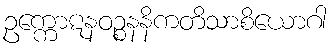
ဥက္ကောဋနဝဉ္စနနိကတိသာစိယောဂါ